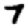
Digit: 7